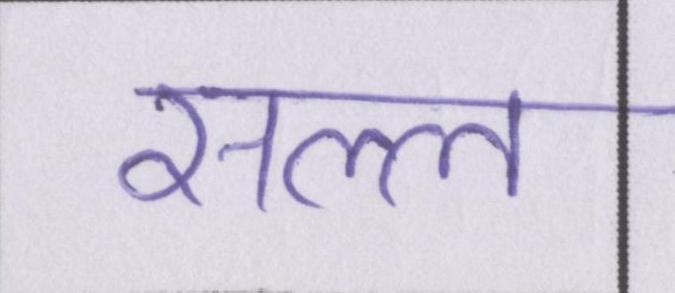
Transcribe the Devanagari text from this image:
सल्ल